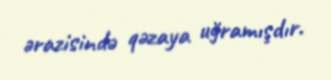
ərazisində qəzaya uğramışdır.